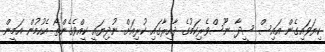
ކިޔަވައިގެން އައިސް ސީދާ ނޫސްވެރިކަމުގެ ދާއިރާގައި ކުރިއަށް ނުދިޔައީ ކީއްވެގެންތޯ އެހުމުން އަމީން